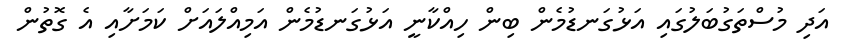
އަދި މުސްތަގުބަލުގައި އަޅުގަނޑުމެން ބިން ހިއްކާނީ އަޅުގަނޑުމެން އަމިއްލައަށް ކަމަށާއި އެ ގޮތުން